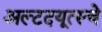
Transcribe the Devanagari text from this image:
अल्टदयूत्स्चे